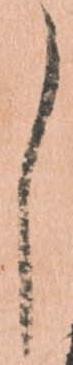
し